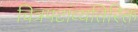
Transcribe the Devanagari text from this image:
चित्रपटांव्यतिरिक्त